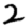
Digit: 2